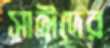
সাঈদের